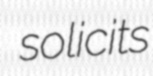
solicits